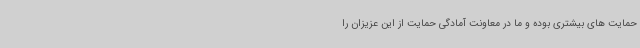
حمایت های بیشتری بوده و ما در معاونت آمادگی حمایت از این عزیزان را